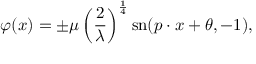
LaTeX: \varphi ( x ) = \pm \mu \left( { \frac { 2 } { \lambda } } \right) ^ { \frac { 1 } { 4 } } \mathrm { { s n } } ( p \cdot x + \theta , - 1 ) ,